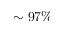
\sim 9 7 \%